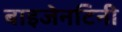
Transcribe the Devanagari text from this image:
बाइजेनटिनी